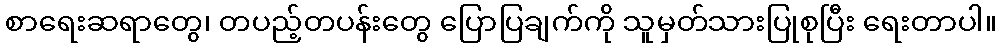
စာရေးဆရာတွေ၊ တပည့်တပန်းတွေ ပြောပြချက်ကို သူမှတ်သားပြုစုပြီး ရေးတာပါ။